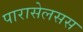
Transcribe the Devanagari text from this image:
पारासेलसस